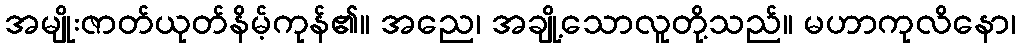
အမျိုးဇာတ်ယုတ်နိမ့်ကုန်၏။ အညေ၊ အချို့သောလူတို့သည်။ မဟာကုလိနော၊